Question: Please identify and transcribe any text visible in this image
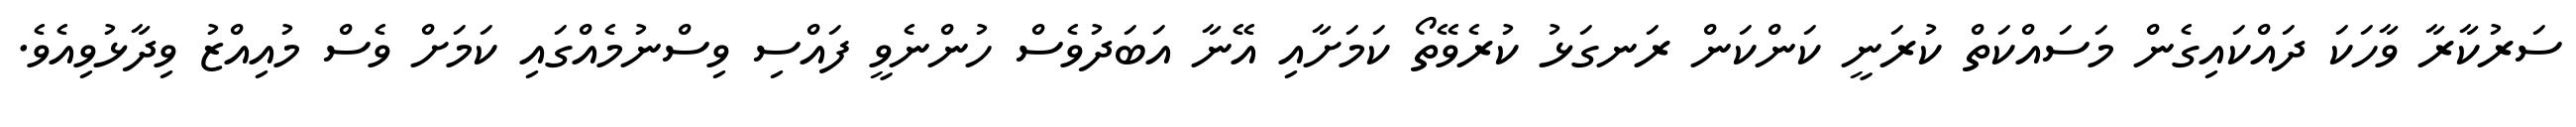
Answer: ސަރުކާރާ ވާހަކަ ދައްކައިގެން މަސައްކަތް ކުރަނީ ކަންކަން ރަނގަޅު ކުރެވޭތޯ ކަމަށާއި އޭނާ އަބަދުވެސް ހުންނެވީ ފައްސި ވިސްނުމެއްގައި ކަމަށް ވެސް މުއިއްޒު ވިދާޅުވިއެވެ.